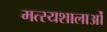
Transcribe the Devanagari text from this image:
मत्स्यशालाओं